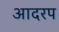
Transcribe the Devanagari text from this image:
आदरप